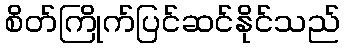
စိတ်ကြိုက်ပြင်ဆင်နိုင်သည်